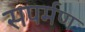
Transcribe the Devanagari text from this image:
सपर्मण